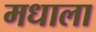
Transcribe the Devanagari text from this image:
मधाला